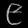
Digit: ၉